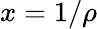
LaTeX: x=1/\rho